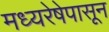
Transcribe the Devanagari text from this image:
मध्यरेषेपासून